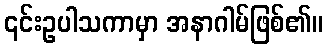
၎င်းဥပါသကာမှာ အနာဂါမ်ဖြစ်၏။